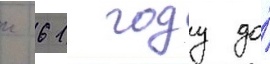
к 61 году до́